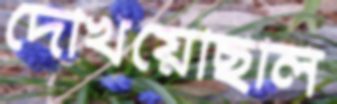
দেখিয়েছিলি